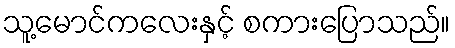
သူ့မောင်ကလေးနှင့် စကားပြောသည်။